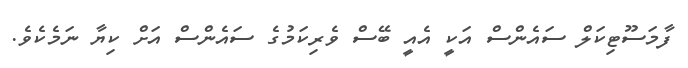
ފާމަސޫޓިކަލް ސައެންސް އަކީ އެއީ ބޭސް ވެރިކަމުގެ ސައެންސް އަށް ކިޔާ ނަމެކެވެ.